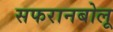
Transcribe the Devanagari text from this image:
सफरानबोलू